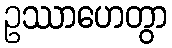
ဥဿာဟေတွာ